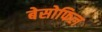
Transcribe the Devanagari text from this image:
बेसोफिल